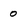
Character: 0